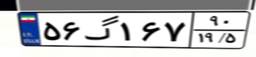
۱۹گ۴۳۷۸۱